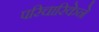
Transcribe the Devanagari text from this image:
परिचारिकेने